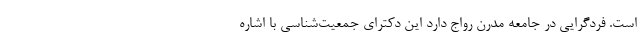
است. فردگرایی در جامعه مدرن رواج دارد این دکترای جمعیت‌شناسی با اشاره